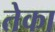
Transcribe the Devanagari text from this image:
तेका